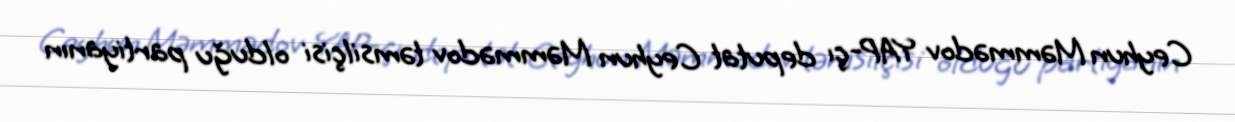
Ceyhun Məmmədov YAP-çı deputat Ceyhun Məmmədov təmsilçisi olduğu partiyanın